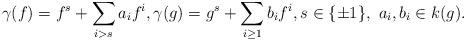
LaTeX: \begin{align*}\gamma(f) = f^s + \sum_{i> s}a_if^i, \gamma(g) = g^s + \sum_{i \geq 1}b_i f^i, s \in \{\pm1\},\ a_i, b_i \in k(g).\end{align*}